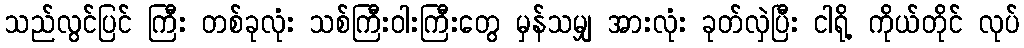
သည်လွင်ပြင် ကြီး တစ်ခုလုံး သစ်ကြီးဝါးကြီးတွေ မှန်သမျှ အားလုံး ခုတ်လှဲပြီး ငါရို့ ကိုယ်တိုင် လုပ်